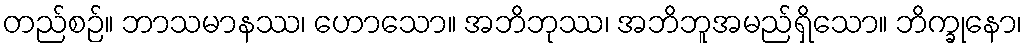
တည်စဉ်။ ဘာသမာနဿ၊ ဟောသော။ အဘိဘုဿ၊ အဘိဘူအမည်ရှိသော။ ဘိက္ခုနော၊